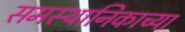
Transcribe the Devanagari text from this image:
समस्थानिकाच्या